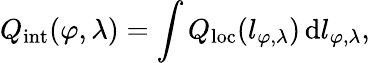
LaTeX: Q_{\mathrm{int}}(\varphi,\lambda)=\int Q_{\mathrm{loc}}(l_{\varphi,\lambda})\, \mathrm{d}l_{\varphi,\lambda},